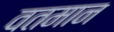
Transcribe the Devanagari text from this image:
वतमान